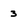
Character: 3